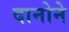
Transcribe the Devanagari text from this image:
दानोने